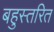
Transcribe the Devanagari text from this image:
बहुस्तरित